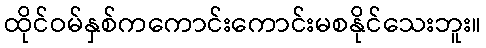
ထိုင်ဝမ်နှစ်ကကောင်းကောင်းမစနိုင်သေးဘူး။